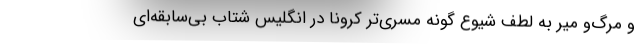
و مرگ‌و میر به لطف شیوع گونه مسری‌تر کرونا در انگلیس شتاب بی‌سابقه‌ای